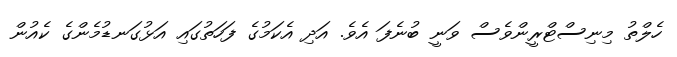
ހެލްތު މިނިސްޓްރީންވެސް ވަނީ ބުނެފަ އެވެ. އަދި އެކަމުގެ ފަހަތުގައި އަޅުގަނޑުމެންގެ ކެއުން